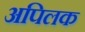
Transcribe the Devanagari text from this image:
अपिलक